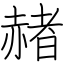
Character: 赭